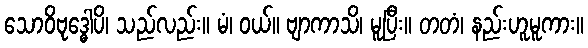
သောဝိဗုဒ္ဓေါပိ၊ သည်လည်း။ မံ၊ ဝယ်။ ဗျာကာသိ၊ မူပြီး။ တတံ၊ နည်းဟူမူကား။